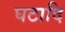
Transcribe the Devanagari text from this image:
घटादि